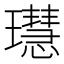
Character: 𤪳